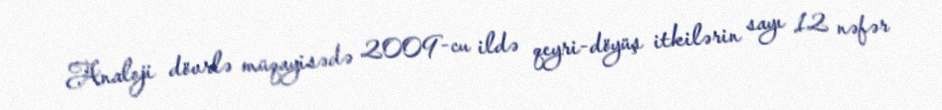
Analoji dövrlə müqayisədə 2009-cu ildə qeyri-döyüş itkilərin sayı 12 nəfər